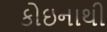
કોઇનાથી